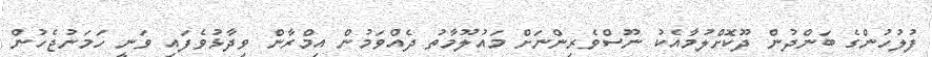
ފުލުހުންގެ ބަންދުން ދޫކޮށްލުމާއެކު ނޫސްވެރިންނަށް މައުލޫމާތު ދެއްވަމުން އިމްރާން ވިދާޅުވެފައި ވަނީ ހަމަނުޖެހުން